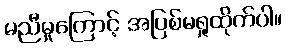
မညီမှုကြောင့် အပြစ်မရှုထိုက်ပါ။